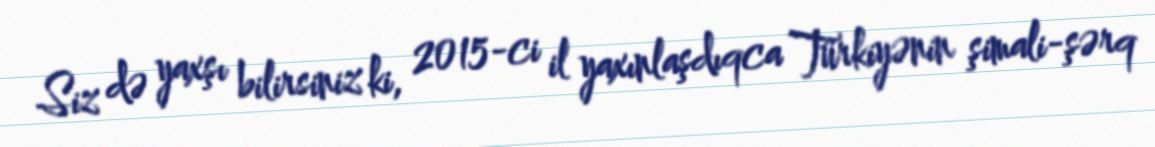
Siz də yaxşı bilirsiniz ki, 2015-ci il yaxınlaşdıqca Türkiyənin şimali-şərq